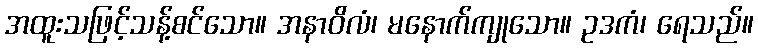
အထူးသဖြင့်သန့်စင်သော။ အနာဝိလံ၊ မနောက်ကျုသော။ ဥဒကံ၊ ရေသည်။